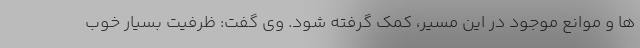
ها و موانع موجود در این مسیر، کمک گرفته شود. وی گفت: ظرفیت بسیار خوب